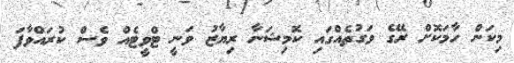
މިކަން ހާމަކޮށް ރޭގެ ވަގުތެއްގައި ކޮމިޝަނާ ރިޔާޒު ވަނީ ޓްވީޓެއް ވެސް ކުރައްވާފަ